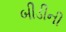
બીડીની